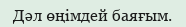
Дәл өңімдей баяғым.